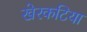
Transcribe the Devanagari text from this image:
खेरकटिया